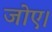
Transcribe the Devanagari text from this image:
जोए।